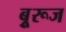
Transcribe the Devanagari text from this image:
बुूरूज